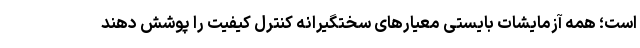
است؛ همه آزمایشات بایستی معیارهای سختگیرانه کنترل کیفیت را پوشش دهند